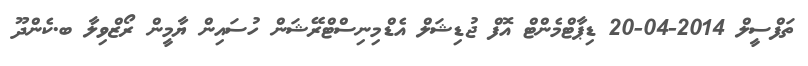
ތަފްސީލް 2014-04-20 ޑިޕާޓްމެންޓް އޮފް ޖުޑިޝަލް އެޑްމިނިސްޓްރޭޝަން ހުސައިން ޔާމީން ރޯޒްވިލާ ބ.ކެންދޫ